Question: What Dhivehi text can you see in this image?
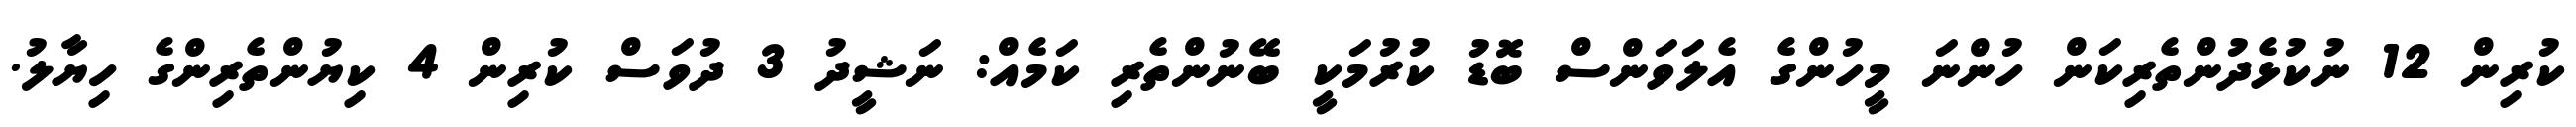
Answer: ކުރިން 12 ނުކުޅެދުންތެރިކަން ހުންނަ މީހުންގެ އެލަވަންސް ބޮޑު ކުރުމަކީ ބޭނުންތެރި ކަމެއް: ނަޝީދު 3 ދުވަސް ކުރިން 4 ކިޔުންތެރިންގެ ހިޔާލު.